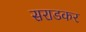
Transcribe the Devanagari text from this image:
सराडकर